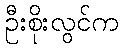
ဦးစိုးလွင်က